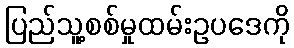
ပြည်သူ့စစ်မှုထမ်းဥပဒေကို